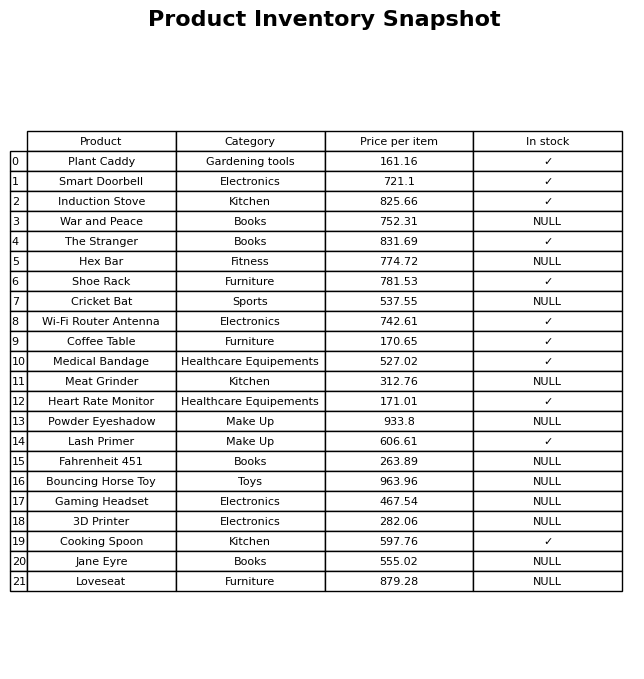
question: What is the price of the Powder Eyeshadow?
answer: The price of Powder Eyeshadow is 933.8.